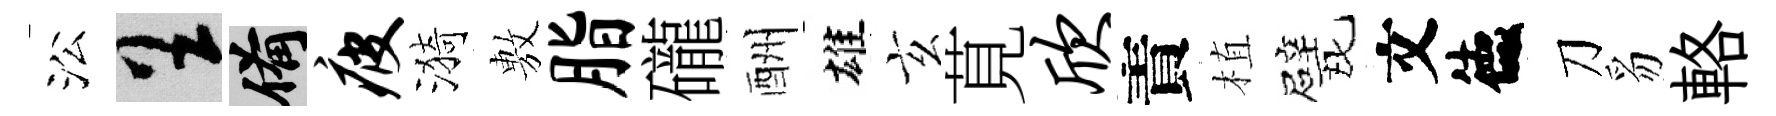
㳂呈備疲漪𢾾脂礲酬雄玄莧欣責植戏文德刀豸輅